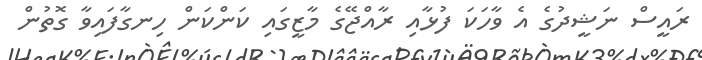
ރައީސް ނަޝީދުގެ އެ ވާހަކަ ފުޅާއި ރާއްޖޭގެ މާޒީގައި ކަންކަން ހިނގާފައިވާ ގޮތުން